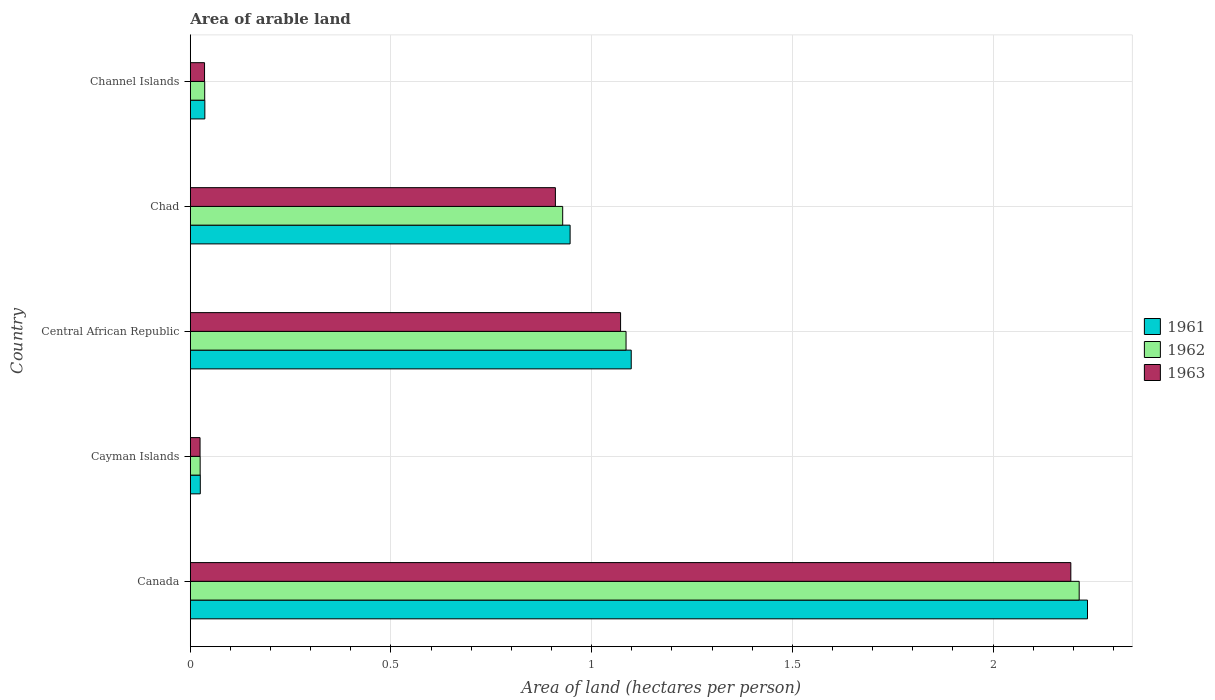
| Country | 1961 | 1962 | 1963 |
 | --- | --- | --- | --- |
 | Canada | 2.24 | 2.21 | 2.19 |
 | Cayman Islands | 0.0249 | 0.0246 | 0.0243 |
 | Central African Republic | 1.1 | 1.09 | 1.07 |
 | Chad | 0.946 | 0.928 | 0.91 |
 | Channel Islands | 0.0362 | 0.0359 | 0.0355 |